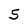
Character: S